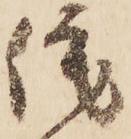
侘